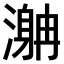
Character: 𣽯